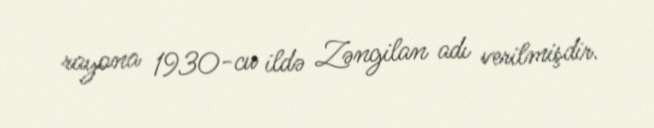
rayona 1930-cu ildə Zəngilan adı verilmişdir.